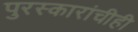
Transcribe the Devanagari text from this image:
पुरस्कारांचीही